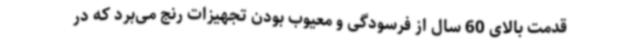
قدمت بالای 60 سال از فرسودگی و معیوب بودن تجهیزات رنج می‌برد که در